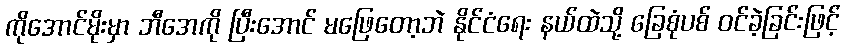
ကိုအောင်မိုးမှာ ဘီအေကို ပြီးအောင် မဖြေတော့ဘဲ နိုင်ငံရေး နယ်ထဲသို့ ခြေစုံပစ် ဝင်ခဲ့ခြင်းဖြင့်